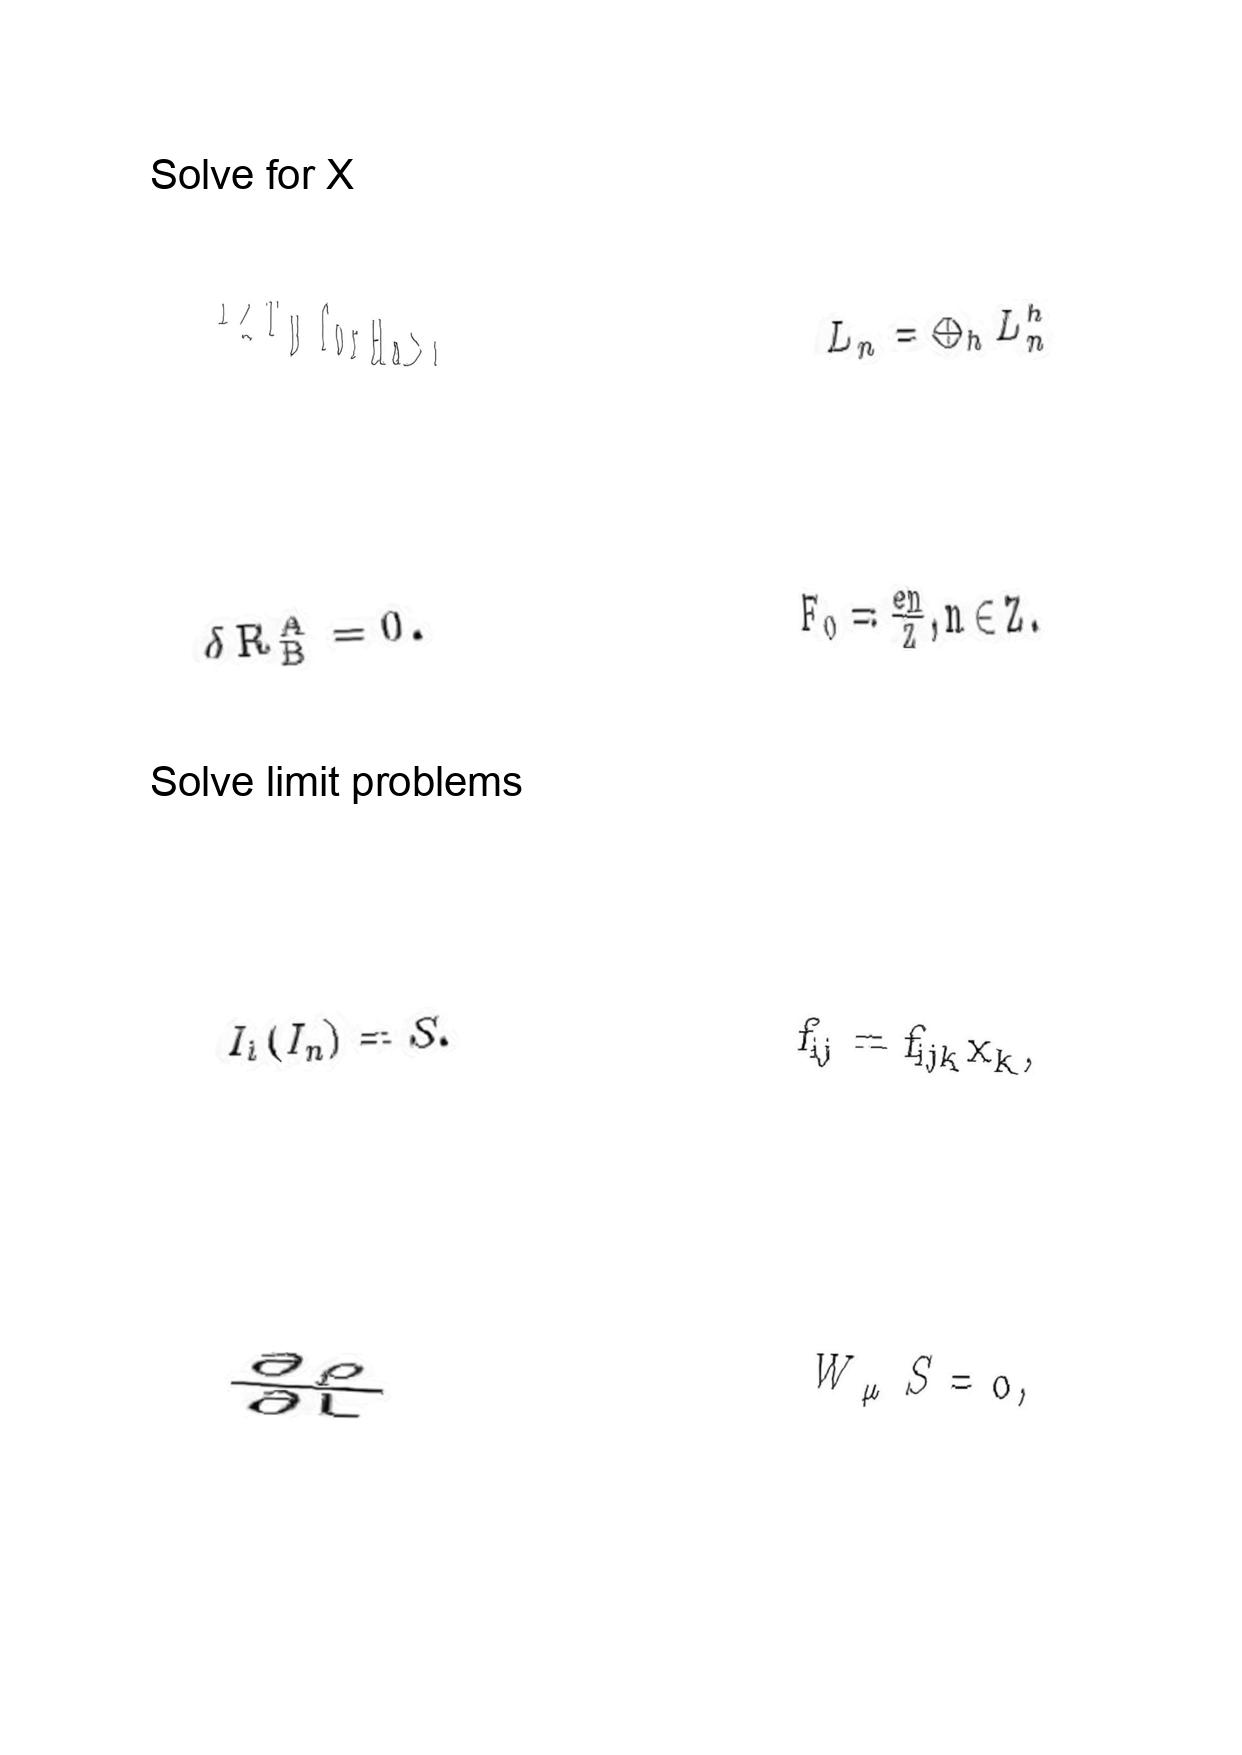
LaTeX transcription:
T \geq T _ { H } \mathrm { f o r } H a \geq 1 .
\delta R _ { B } ^ { A } = 0 .
I _ { l } \lparen I _ { n } \rparen = S .
\frac { \partial \rho } { \partial L }
L _ { n } = \oplus _ { h } L _ { n } ^ { h }
F _ { 0 } = \frac { e n } { Z } , n \in Z .
f _ { i j } = f _ { i j k } x _ { k } ,
W _ { \mu } S = 0 ,